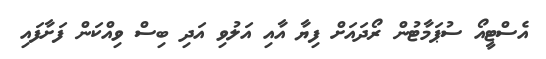
އެސްޓީއޯ ސުޕަމާޓުން ރޯދައަށް ފިޔާ އާއި އަލުވި އަދި ބިސް ވިއްކަން ފަށާފައި